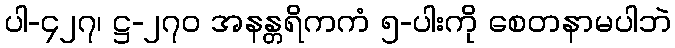
ပါ-၄၂၇၊ ဋ္ဌ-၂၇၀ အနန္တရိကကံ ၅-ပါးကို စေတနာမပါဘဲ